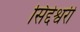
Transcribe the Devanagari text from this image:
सिद्देश्वरी